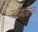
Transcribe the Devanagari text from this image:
कामीजनांना